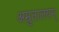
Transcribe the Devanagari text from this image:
अम्रुतालयम्